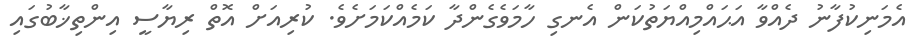
އެމަނިކުފާނު ދެއްވާ އަޙައްމިއްޔަތުކަން އެނގި ހާމަވެގެންދާ ކަމެއްކަމަށެވެ. ކުރިއަށް އޮތް ރިޔާސީ އިންތިޚާބުގައި